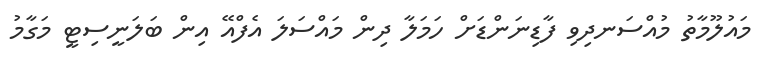
މައުލޫމާތު މުއްސަނދިވި ފާޑިނަންޑަށް ހަމަލާ ދިން މައްސަލަ އެފްއޭ އިން ބަލަނީސިޓީ މަގާމު